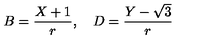
B = \frac { X + 1 } { r } , \quad D = \frac { Y - \sqrt { 3 } } { r }